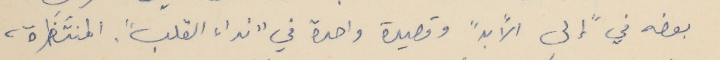
بعضه في "إلى الأبدً وقصيدة واحدة في "نداء القلب". المنتَظَرة،